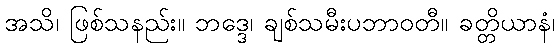
အသိ၊ ဖြစ်သနည်း။ ဘဒ္ဒေ၊ ချစ်သမီးပဘာဝတီ။ ခတ္တိယာနံ၊